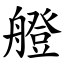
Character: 艠